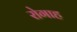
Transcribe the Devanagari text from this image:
रोगाह